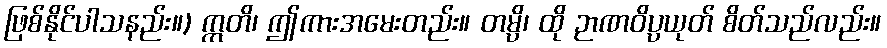
ဖြစ်နိုင်ပါသနည်း။) ဣတိ၊ ဤကားအမေးတည်း။ တမ္ပိ၊ ထို ဉာဏဝိပ္ပယုတ် စိတ်သည်လည်း။